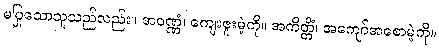
မပြုသောသူသည်လည်း။ အဝဏ္ဏံ၊ ကျေးဇူးမဲ့ကို။ အကိတ္တိံ၊ အကျော်အစောမဲ့ကို။